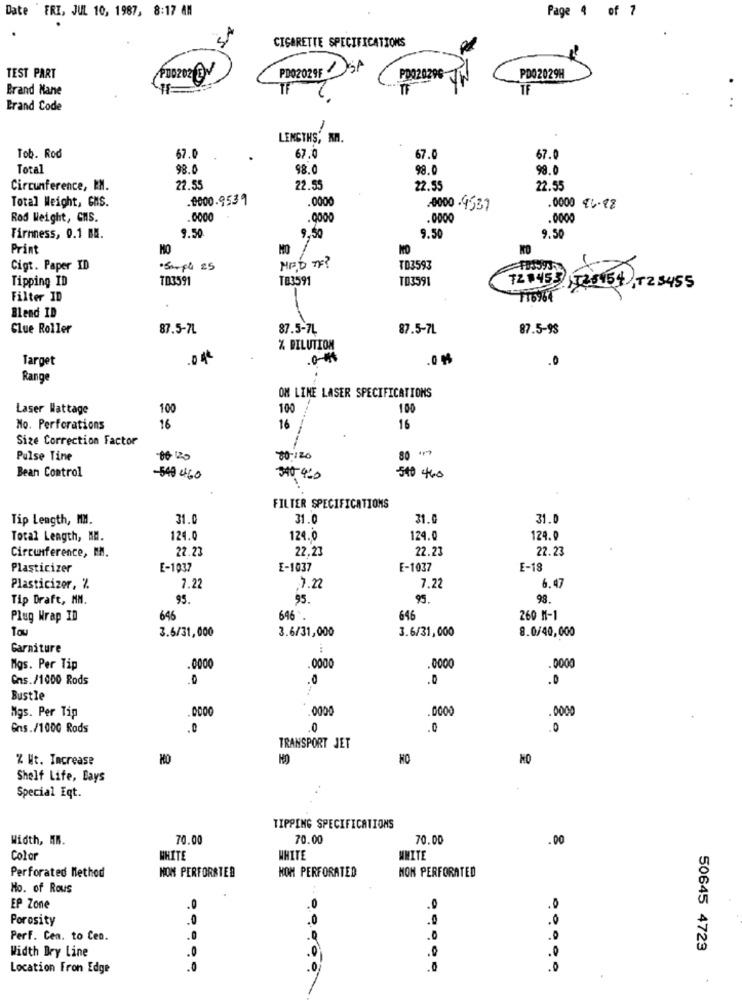
Page 4 of 7
Date FRI, JUL 10, 1987, 8:17 AM
CIGARETTE SPECIFICATIONS
PD02029F 1D SA
PDQ20296
TEST PART
PD02029H
Brand Mane
TE
Brand Code
LENGTHS, AA.
Tob. Rod
67.0
67.0
67.0
67.0
Total
98.0
98.0
98.
99.0
Circumference, EN.
22.55
22.55
22.55
22.55
Total Weight, GMS.
0000.9539
.0000
0000-4537
.0000 46.98
Rod Weight, CMS.
0000
.0000
.0000
9.50
9.50
9.50
Firmness, 0.1 BN.
9.50
Print
MO
MO
Cigt. Paper ID
·Sample 25
MED TF?
TD3593
Tipping ID
TD3591
TB3591
TO3591
721453 1525454), T23455
Filter ID
Blend ID
Clue Roller
87.5-7L
87.5-7L
87.5-7L
87.5-98
% DILUTION
Target
.0 4€
.0 4
.0
Range
OM LINE LASER SPECIFICATIONS
Laser Wattage
100
100
100
No. Perforations
16
16
16
Size Correction Factor
80 +)
Pulse Tine
80-120
Bean Control
-540 460
340 420
510 460
FILTER SPECIFICATIONS
Tip Length, MM.
31.0
31.0
31.0
31.0
Total Length, MM.
124.0
124.0
124.0
124.0
22.23
22.27
22.23
22.23
Circumference, MM.
Plasticizer
E-1037
E-1037
E-1037
E-18
6.47
Plasticizer, %
7.22
7.22
7.22
Tip Draft, MM.
95.
95.
93.
99.
Plug Wrap ID
646
646.
646
260 M-1
3.6/31,000
3.6/31,000
3.6/31,000
8.0/40,000
Tou
Garniture
Mgs. Per Tip
.0000
.0000
000
Cns./1000 Rods
.0
.0
Bustle
.0000
Mgs. Per Tip
.0000
Gns./1000 Rods
.0
0
.0
0
TRANSPORT JET
% Ht. Increase
Shelf Life, Bays
Special Eqt.
TIPPING SPECIFICATIONS
Width, MR.
70.00
70.00
70.00
.00
Color
WHITE
WHITE
UNITE
NOM PERFORSTED
NOM PERFORATED
NON PERFORATED
Perforated Method
No. of Rous
EP Zone
.0
.0
Porosity
.0
.0
.0
.0
Perf. Cea. to Ceo.
.0
.0
.0
Width Bry Line
.0
.0
.0
50645 4729
.0
Location Fron Edge
.0
.0
.0
.0